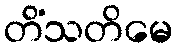
တိံသတိမေ